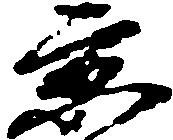
京